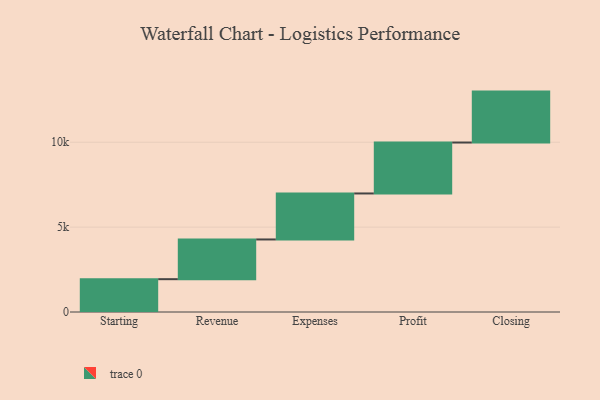
{"axis": {"x": "Step", "y": "Value"}, "legend": [""], "data": [{"x": "Starting", "y": 1933.0, "type": ""}, {"x": "Revenue", "y": 2340.0, "type": ""}, {"x": "Expenses", "y": 2709.0, "type": ""}, {"x": "Profit", "y": 3000, "type": ""}, {"x": "Closing", "y": 3000, "type": ""}]}